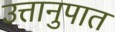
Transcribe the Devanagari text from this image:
उत्तानुपात